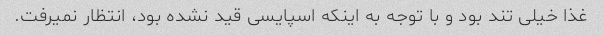
غذا خیلی تند بود و با توجه به اینکه اسپایسی قید نشده بود، انتظار نمیرفت.